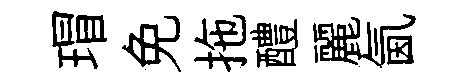
瑁免拖醴麗氤